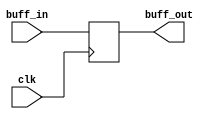
`timescale 1ns / 1ps
//////////////////////////////////////////////////////////////////////////////////
// Company: 
// Engineer: 
// 
// Design Name: 
// Module Name:    bff 
// Project Name: 
// Target Devices: 
// Tool versions: 
// Description: 
//
// Dependencies: 
//
// Revision: 
// Revision 0.01 - File Created
// Additional Comments: 
//
//////////////////////////////////////////////////////////////////////////////////
module bff(clk,buff_in,buff_out);
input clk;//,rst;
input[4:0] buff_in;
output reg [4:0] buff_out;
always@(posedge clk)
begin
//if(rst )
  
    
   //  buff_out<=5'b0;
	 
	// else
	    
	   buff_out<=buff_in;
		  
		  
		  end
endmodule